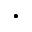
\bullet